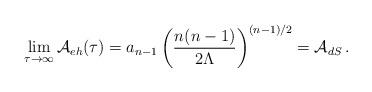
LaTeX: \begin{align*}\lim_{\tau\rightarrow\infty} {\cal A}_{eh}(\tau) = a_{n-1}\left({n(n-1)\over 2\Lambda}\right)^{(n-1)/2}= {\cal A}_{dS}\,.\end{align*}